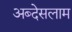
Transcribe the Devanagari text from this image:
अब्देसलाम